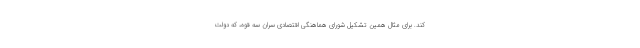
کند. برای مثال همین تشکیل شورای هماهنگی اقتصادی سران سه قوه، که دولت